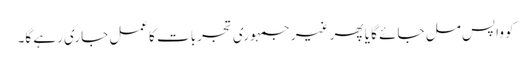
کو واپس مل جائے گا یا پھر غیر جمہوری تجربات کاعمل جاری رہے گا۔